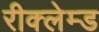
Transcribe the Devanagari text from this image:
रीक्लेम्ड